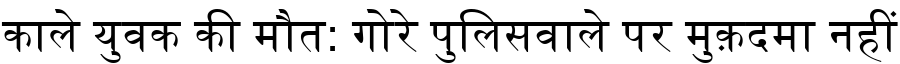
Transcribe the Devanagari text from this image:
काले युवक की मौत: गोरे पुलिसवाले पर मुक़दमा नहीं